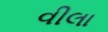
વીલા